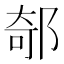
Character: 𨜅